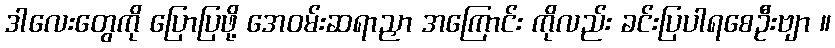
ဒါလေးတွေကို ပြောပြဖို့ အေဝမ်းဆရာညှာ အကြောင်း ကိုလည်း ခင်းပြပါရစေဦးဗျာ ။